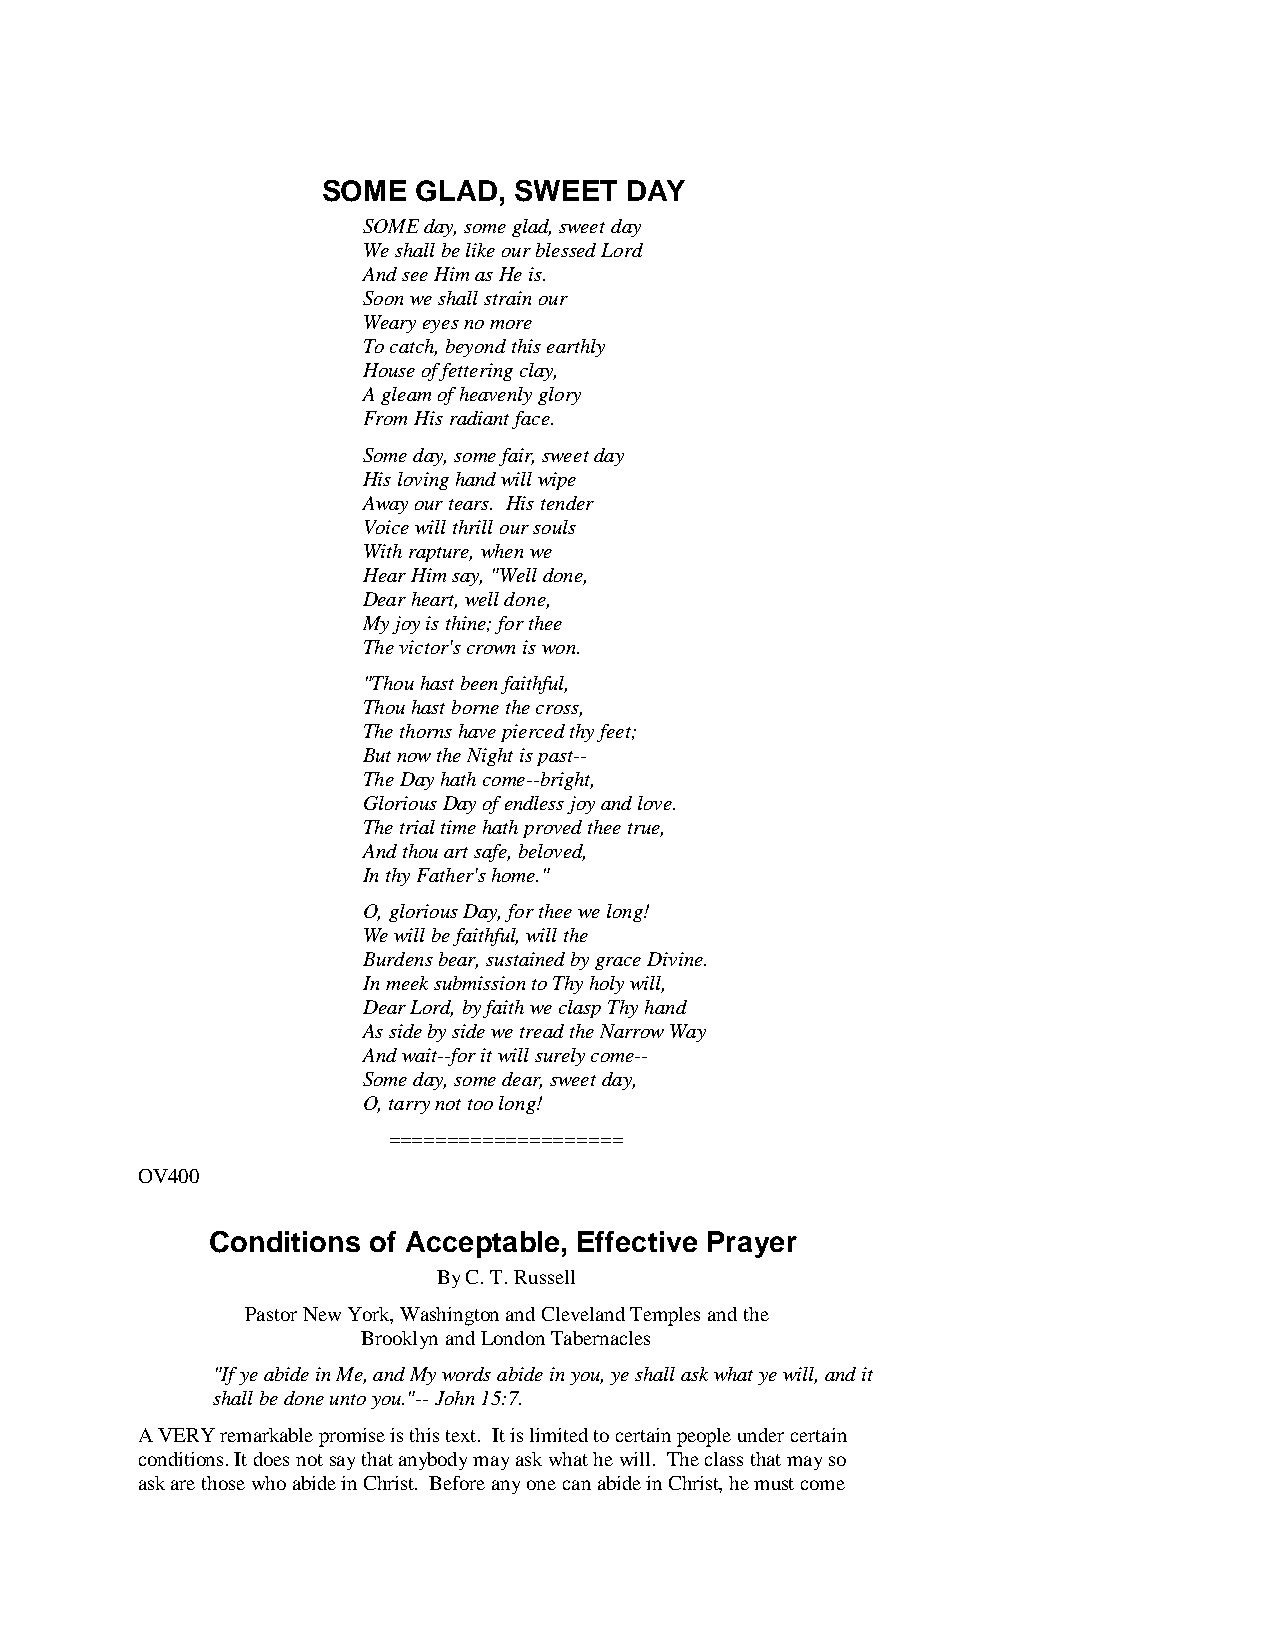
SOME   GLAD, SWEET  DAY
 SOME day, some glad, sweet day
 We shall be like our blessed Lord
 And see Him as He is.
 Soon we shall strain our
 Weary eyes no more
 To catch, beyond this earthly
 House of fettering clay,
 A gleam of heavenly glory
 From His radiant face.
 Some day, some fair, sweet day
 His loving hand will wipe
 Away our tears. His tender
 Voice will thrill our souls
 With rapture, when we
 Hear Him say, "Well done,
 Dear heart, well done,
 My joy is thine; for thee
 The victor's crown is won.
 "Thou hast been faithful,
 Thou hast borne the cross,
 The thorns have pierced thy feet;
 But now the Night is past--
 The Day hath come--bright,
 Glorious Day of endless joy and love.
 The trial time hath proved thee true,
 And thou art safe, beloved,
 In thy Father's home."
 O, glorious Day, for thee we long!
 We will be faithful, will the
 Burdens bear, sustained by grace Divine.
 In meek submission to Thy holy will,
 Dear Lord, by faith we clasp Thy hand
 As side by side we tread the Narrow Way
 And wait--for it will surely come--
 Some day, some dear, sweet day,
 O, tarry not too long!
 ====================
 OV400
 Conditions of Acceptable, Effective Prayer
 By C. T. Russell
 Pastor New York, Washington and Cleveland Temples and the
 Brooklyn and London Tabernacles
 "If ye abide in Me, and My words abide in you, ye shall ask what ye will, and it
 shall be done unto you."-- John 15:7.
 A VERY remarkable promise is this text. It is limited to certain people under certain
 conditions. It does not say that anybody may ask what he will. The class that may so
 ask are those who abide in Christ. Before any one can abide in Christ, he must come